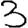
Digit: 3